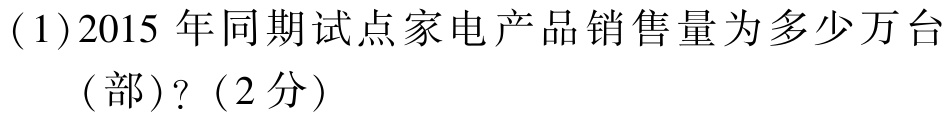
(1)2015 年同期试点家电产品销售量为多少万台

（部）?（2分）